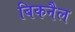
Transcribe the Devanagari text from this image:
बिकनैल